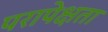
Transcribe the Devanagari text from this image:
परापेक्षता